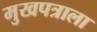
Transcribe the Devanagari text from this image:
मुखपत्राला